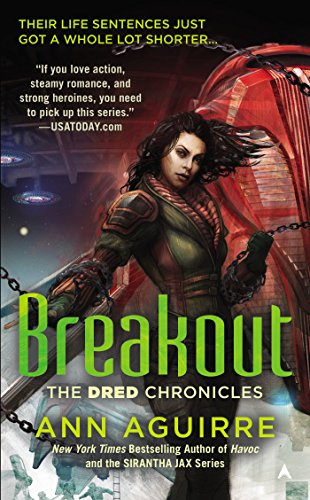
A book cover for Breakout (The Dred Chronicles); Ann Aguirre; Romance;